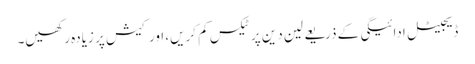
ڈیجیٹل ادائیگی کے ذریعے لین دین پر ٹیکس کم کریں، اور کیش پر زیادہ رکھیں۔